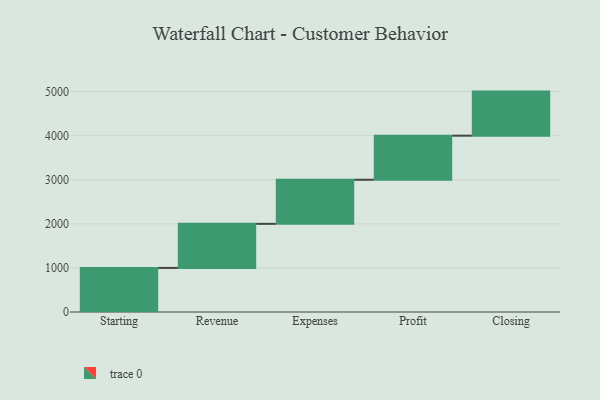
{"axis": {"x": "Step", "y": "Value"}, "legend": [""], "data": [{"x": "Starting", "y": 1000, "type": ""}, {"x": "Revenue", "y": 1000, "type": ""}, {"x": "Expenses", "y": 1000, "type": ""}, {"x": "Profit", "y": 1000, "type": ""}, {"x": "Closing", "y": 1000, "type": ""}]}